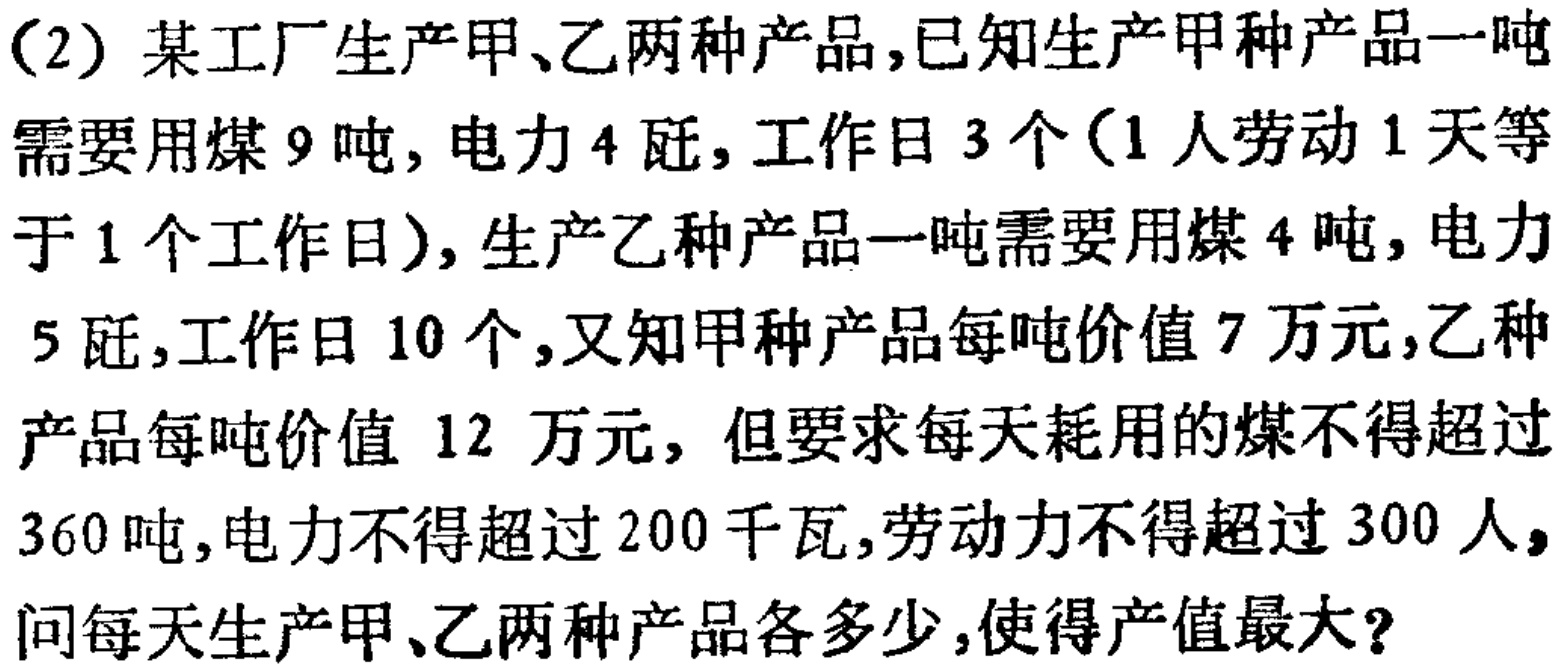
(2) 某工厂生产甲、乙两种产品,已知生产甲种产品一吨需要用煤 \(9\) 吨, 电力 \(4\) 旺, 工作日 \(3\) 个（\(1\) 人劳动 \(1\) 天等于 \(1\) 个工作日）, 生产乙种产品一吨需要用煤 \(4\) 吨, 电力 \(5\) 旺, 工作日 \(10\) 个,又知甲种产品每吨价值 \(7\) 万元,乙种产品每吨价值 \(12\) 万元, 但要求每天耗用的煤不得超过 \(360\) 吨,电力不得超过 \(200\) 千瓦,劳动力不得超过 \(300\) 人, 问每天生产甲、乙两种产品各多少,使得产值最大?